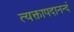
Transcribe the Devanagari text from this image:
त्यक्तापदानन्दं